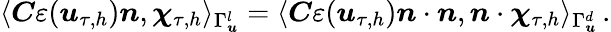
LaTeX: \langle\boldsymbol C\varepsilon(\boldsymbol u_{\tau,h})\boldsymbol n,\boldsymbol\chi_{\tau,h}\rangle_{\Gamma_{\boldsymbol u}^{l}}=\langle\boldsymbol C\varepsilon(\boldsymbol u_{\tau,h})\boldsymbol n\cdot\boldsymbol n,\boldsymbol n\cdot\boldsymbol\chi_{\tau,h}\rangle_{\Gamma_{\boldsymbol u}^{d}}\, .